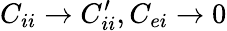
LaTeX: C_{ii}\rightarrow C_{ii}^{\prime},C_{ei}\rightarrow 0